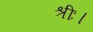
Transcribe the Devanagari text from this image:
श्रीः।